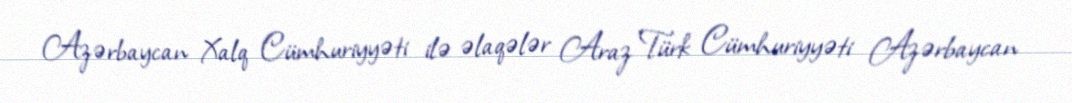
Azərbaycan Xalq Cümhuriyyəti ilə əlaqələr Araz Türk Cümhuriyyəti Azərbaycan